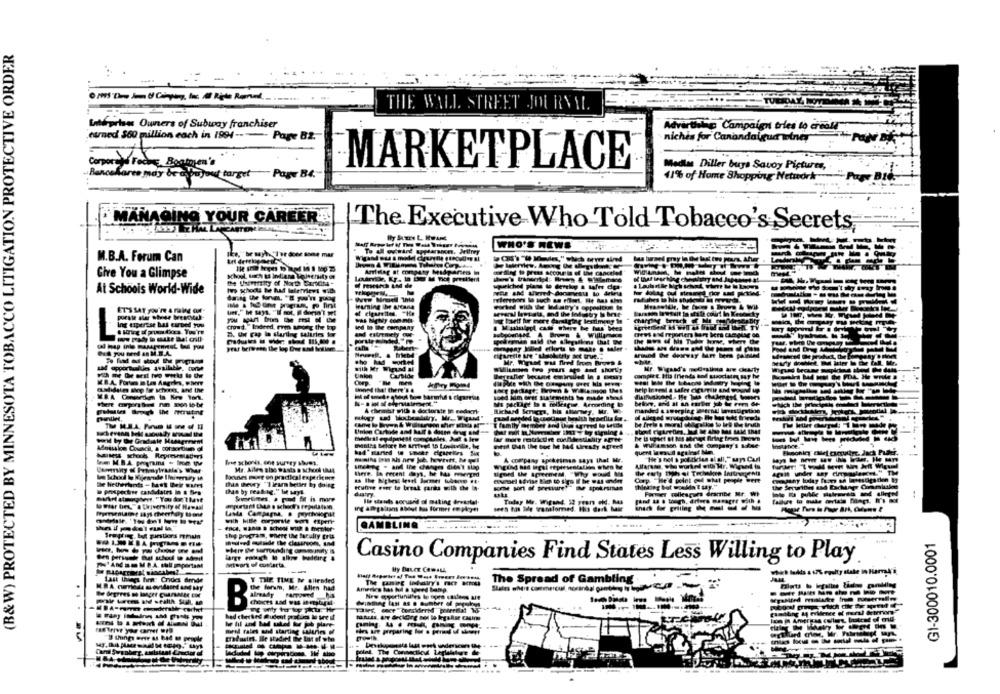
(B&W) PROTECTED BY MINNESOTA TOBACCO LITIGATION PROTECTIVE ORDER
..
- -
THE WALL STREET JOURNAL
Enteprises Owners of Subway franchiser
paign tries to erga
earned $60 million each in 1994 ---- Pare B2.
nichis for
niches for Canandaigua wolney
MARKETPLACE
Medlas Diller buys Savoy Pictures,
Bancshares may be a buyout target
Page B4.
41% of Home Shopping Network
Page Bid
· MANAGING YOUR CAREER
The Executive Who Told Tobacco's Secrets,
M.B.A. Forum Can
af mngaty Midpar
Give You a Glimpse
At Schools World-Wide
ET'S SAT you're 4 ruing on.
Mr. Wirust was fired from Brows &
availab
milk Mr Wirund al
--
Unmordin
A charmbt with a doctorate te cedacri-
his
Tirol OMA the soc he 144 Lireaty agreed
A company spokesman says that Mr.
He $
un Cul
free schorks, one survey shows,
Me. Alles also wasta a school tMg
Boones moet on practical experience
there. In recent days, he has messengerd
Evenel sovise Bien to sies If he was under
Ida Pevry "Ilearn better by doing
sufre euer to break parks with che In-
the by feat- og," but Myl.
dustry.
Ile stands sorusrid of making freastal
Today Me. Wirand. 52 yran cid. hea
GAMBLING
G1-300010.0001
Casino Companies Find States Less Willing to Play
equity slake
The gaming tohairy's race scenes
The Spread of Gambling